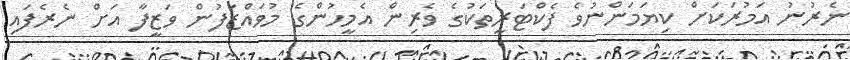
ނެރުނު އަމުރަކަށް ކިޔަމަންނުވެ ފެކްޓަރީތަކުގެ ވެރިން އެމީހުންގެ މުވައްޒަފުން ވަޒީފާ އަށް ނެރެފައި